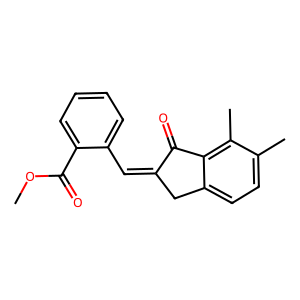
SMILES: COC(=O)c1ccccc1C=C1Cc2ccc(C)c(C)c2C1=O
Inhibits HIV replication: No